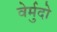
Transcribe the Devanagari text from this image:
वेर्मुदो